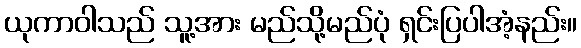
ယုကာဝါသည် သူ့အား မည်သို့မည်ပုံ ရှင်းပြပါအံ့နည်း။